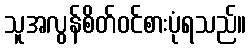
သူအလွန်စိတ်ဝင်စားပုံရသည်။